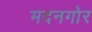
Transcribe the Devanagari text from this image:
मदनगोर